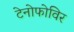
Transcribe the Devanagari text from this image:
टेनोफोविर